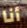
أنا